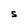
Character: S